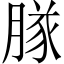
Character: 𬛊